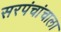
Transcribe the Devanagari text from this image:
सरपंचांचाला